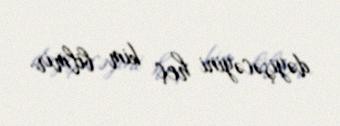
dəyişəcəyini heç kim bilmir.